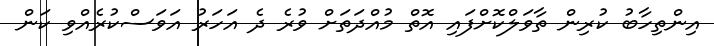
އިންތިހާބު ކުރިން ތާވަލްކޮށްފައި އޮތް މުއްދަތަށް ވުރެ ދެ އަހަރު އަވަސްކުރެއްވި ކަން